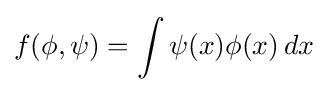
f(\phi ,\psi )=\int \psi (x)\phi (x)\,dx